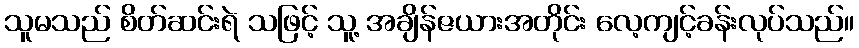
သူမသည် စိတ်ဆင်းရဲ သဖြင့် သူ့ အချိန်ဇယားအတိုင်း လေ့ကျင့်ခန်းလုပ်သည်။